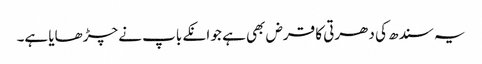
یہ سندھ کی دھرتی کا قرض بھی ہے جو انکے باپ نے چڑھایا ہے۔